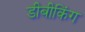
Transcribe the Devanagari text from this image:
डीबीकिंग